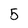
Character: 5